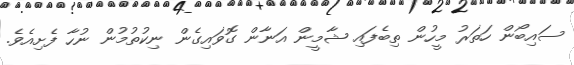
ސައިބޯން ހަތަރު މީހުން ތިބެފައި ޝާމީން އަނާން ގޮވައިގެން ނިކުތުމުން ނުހާ ފެށިއެވެ.